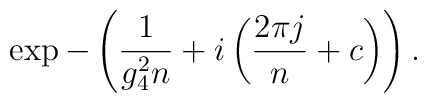
\exp - \left( \frac {1}{g_4^2 {n}} + i \left( \frac {2\pi j}{ {n}}+ { c } \right) \right).